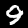
Digit: 9